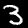
Digit: 3